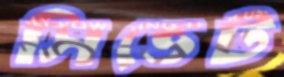
সিভেট